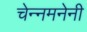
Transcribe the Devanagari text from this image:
चेन्नमनेनी